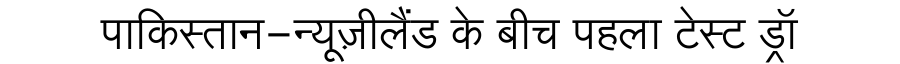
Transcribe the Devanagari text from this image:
पाकिस्तान-न्यूज़ीलैंड के बीच पहला टेस्ट ड्रॉ